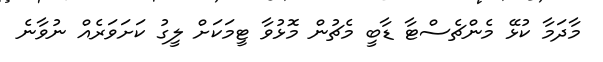
މާދަމާ ކުޅޭ މެންޗެސްޓާ ޑާބީ މެޗުން މޮޅުވާ ޓީމަކަށް ލީގު ކަށަވަރެއް ނުވާނެ